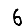
Digit: 6